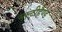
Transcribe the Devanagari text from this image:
मल्टीहैण्ड